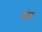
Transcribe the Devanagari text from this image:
बोत्चा